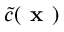
\tilde { c } ( \textbf { x } )